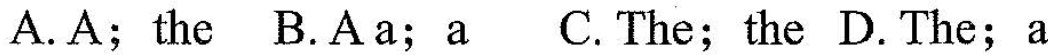
A.A;the B.Aa;a C.The; the D.The;a